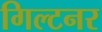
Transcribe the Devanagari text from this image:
गिल्टनर